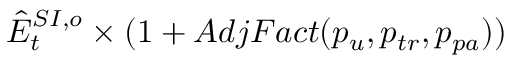
\hat { E } _ { t } ^ { S I , o } \times ( 1 + A d j F a c t ( p _ { u } , p _ { t r } , p _ { p a } ) )